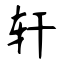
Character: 轩